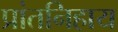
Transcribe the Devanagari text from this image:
प्रांतनिहाय